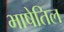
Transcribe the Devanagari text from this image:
भाषेतिल